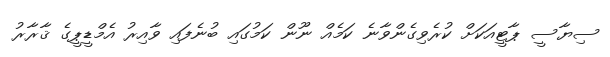
ސިޔާސީ ޕާޓީއަކަށް ކުރެވިގެންވާނެ ކަމެއް ނޫން ކަމުގައި ބުނެފައި ވާއިރު އެމްޑީޕީގެ ޤާރާރު